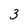
Character: 3